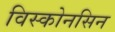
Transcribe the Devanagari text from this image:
विस्कोनसिन